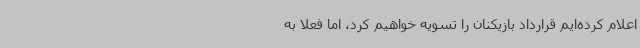
اعلام کرده‌ایم قرارداد بازیکنان را تسویه خواهیم کرد، اما فعلا به